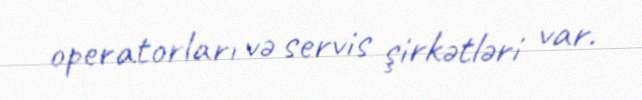
operatorları və servis şirkətləri var.